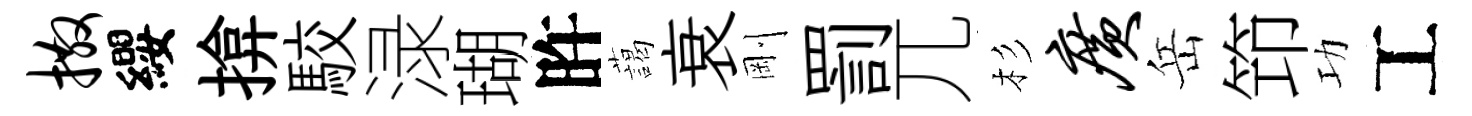
撒纓揜駮渌瑚旿藹衰剛罰兀杉广岳笻功工